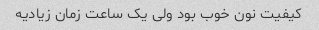
کیفیت نون خوب بود ولی یک ساعت زمان زیادیه